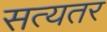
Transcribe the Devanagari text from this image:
सत्यतर